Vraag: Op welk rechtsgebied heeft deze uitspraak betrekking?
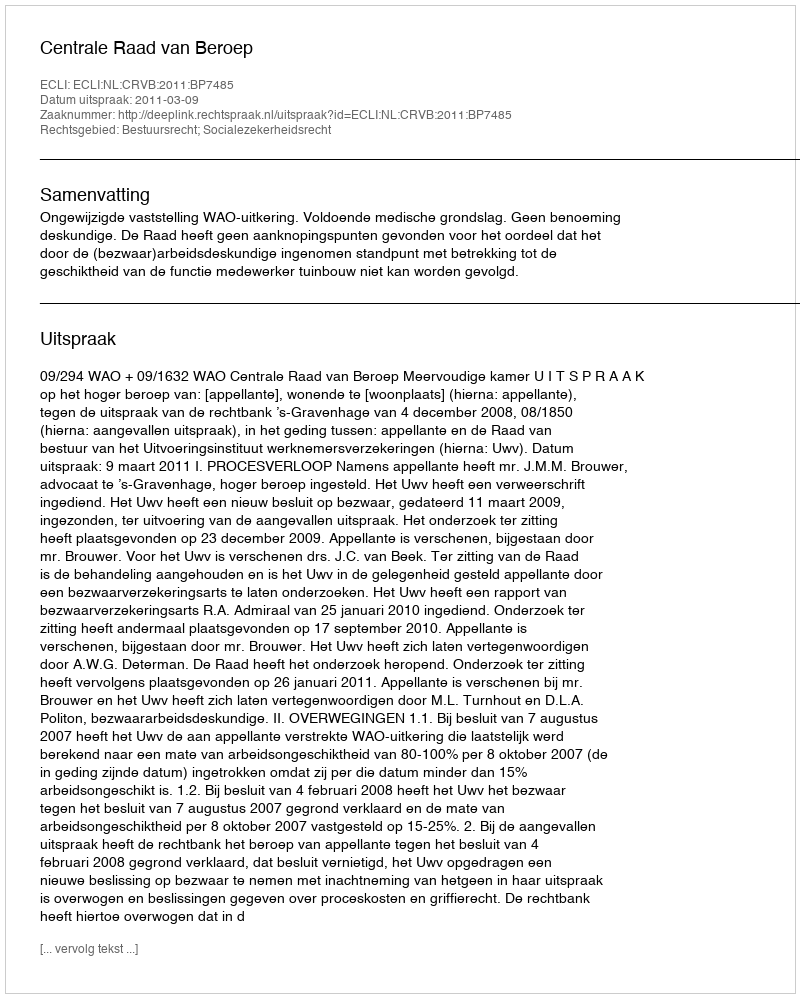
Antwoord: Bestuursrecht; Socialezekerheidsrecht